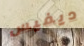
ديفيس